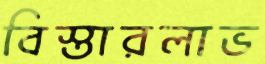
বিস্তারলাভ